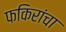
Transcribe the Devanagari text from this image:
फकिरांचा